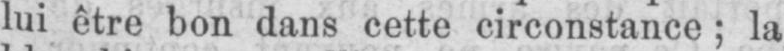
lui être bon dans cette circonstance; la